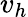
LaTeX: v_{h}